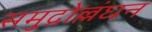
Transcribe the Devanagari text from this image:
समुद्रोल्लंघन